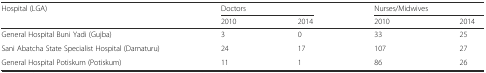
<table><thead><tr><td><b>Hospital (LGA)</b></td><td colspan="2"><b>Doctors</b></td><td colspan="2"><b>Nurses/Midwives</b></td></tr><tr><td></td><td><b>2010</b></td><td><b>2014</b></td><td><b>2010</b></td><td><b>2014</b></td></tr></thead><tbody><tr><td>General Hospital Buni Yadi (Gujba)</td><td>3</td><td>0</td><td>33</td><td>25</td></tr><tr><td>Sani Abatcha State Specialist Hospital (Damaturu)</td><td>24</td><td>17</td><td>107</td><td>27</td></tr><tr><td>General Hospital Potiskum (Potiskum)</td><td>11</td><td>1</td><td>86</td><td>26</td></tr></tbody></table>